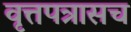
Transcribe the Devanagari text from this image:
वृत्तपत्रासच